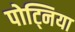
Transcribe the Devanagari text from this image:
पोट्निया